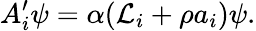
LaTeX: A_{i}^{\prime}\psi=\alpha({\cal L}_{i}+\rho a_{i})\psi.